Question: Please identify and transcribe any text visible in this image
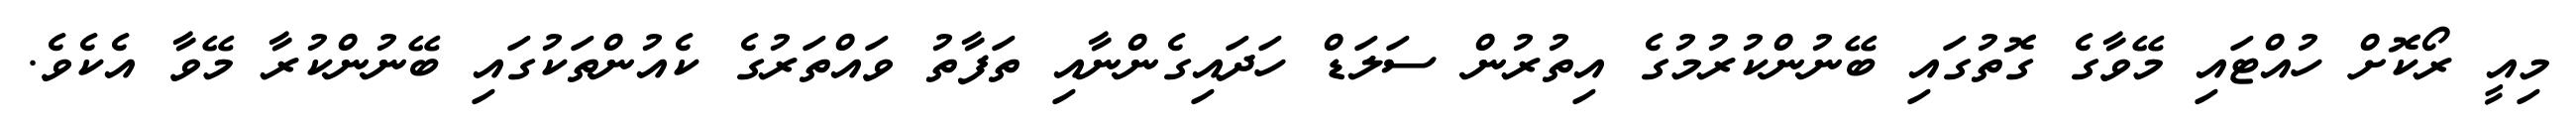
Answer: މިއީ ރޯކޮށް ހުއްޓައި މޭވާގެ ގޮތުގައި ބޭނުންކުރުމުގެ އިތުރުން ސަލަޑް ހަދައިގެންނާއި ތަފާތު ވައްތަރުގެ ކެއުންތަކުގައި ބޭނުންކުރާ މޭވާ އެކެވެ.